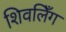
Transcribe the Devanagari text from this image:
शिवलिँग